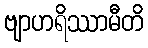
ဗျာဟရိဿာမီတိ